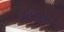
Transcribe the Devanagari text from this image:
जलसंग्रहण